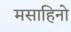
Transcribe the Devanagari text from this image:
मसाहिनो